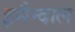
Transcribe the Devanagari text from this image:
इसैन्दाल